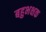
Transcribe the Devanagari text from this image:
बहुभक्षक